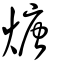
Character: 煻